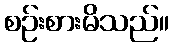
စဉ်းစားမိသည်။